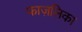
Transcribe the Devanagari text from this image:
फाज़लिका